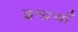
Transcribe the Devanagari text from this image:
इन्द्रयाँ